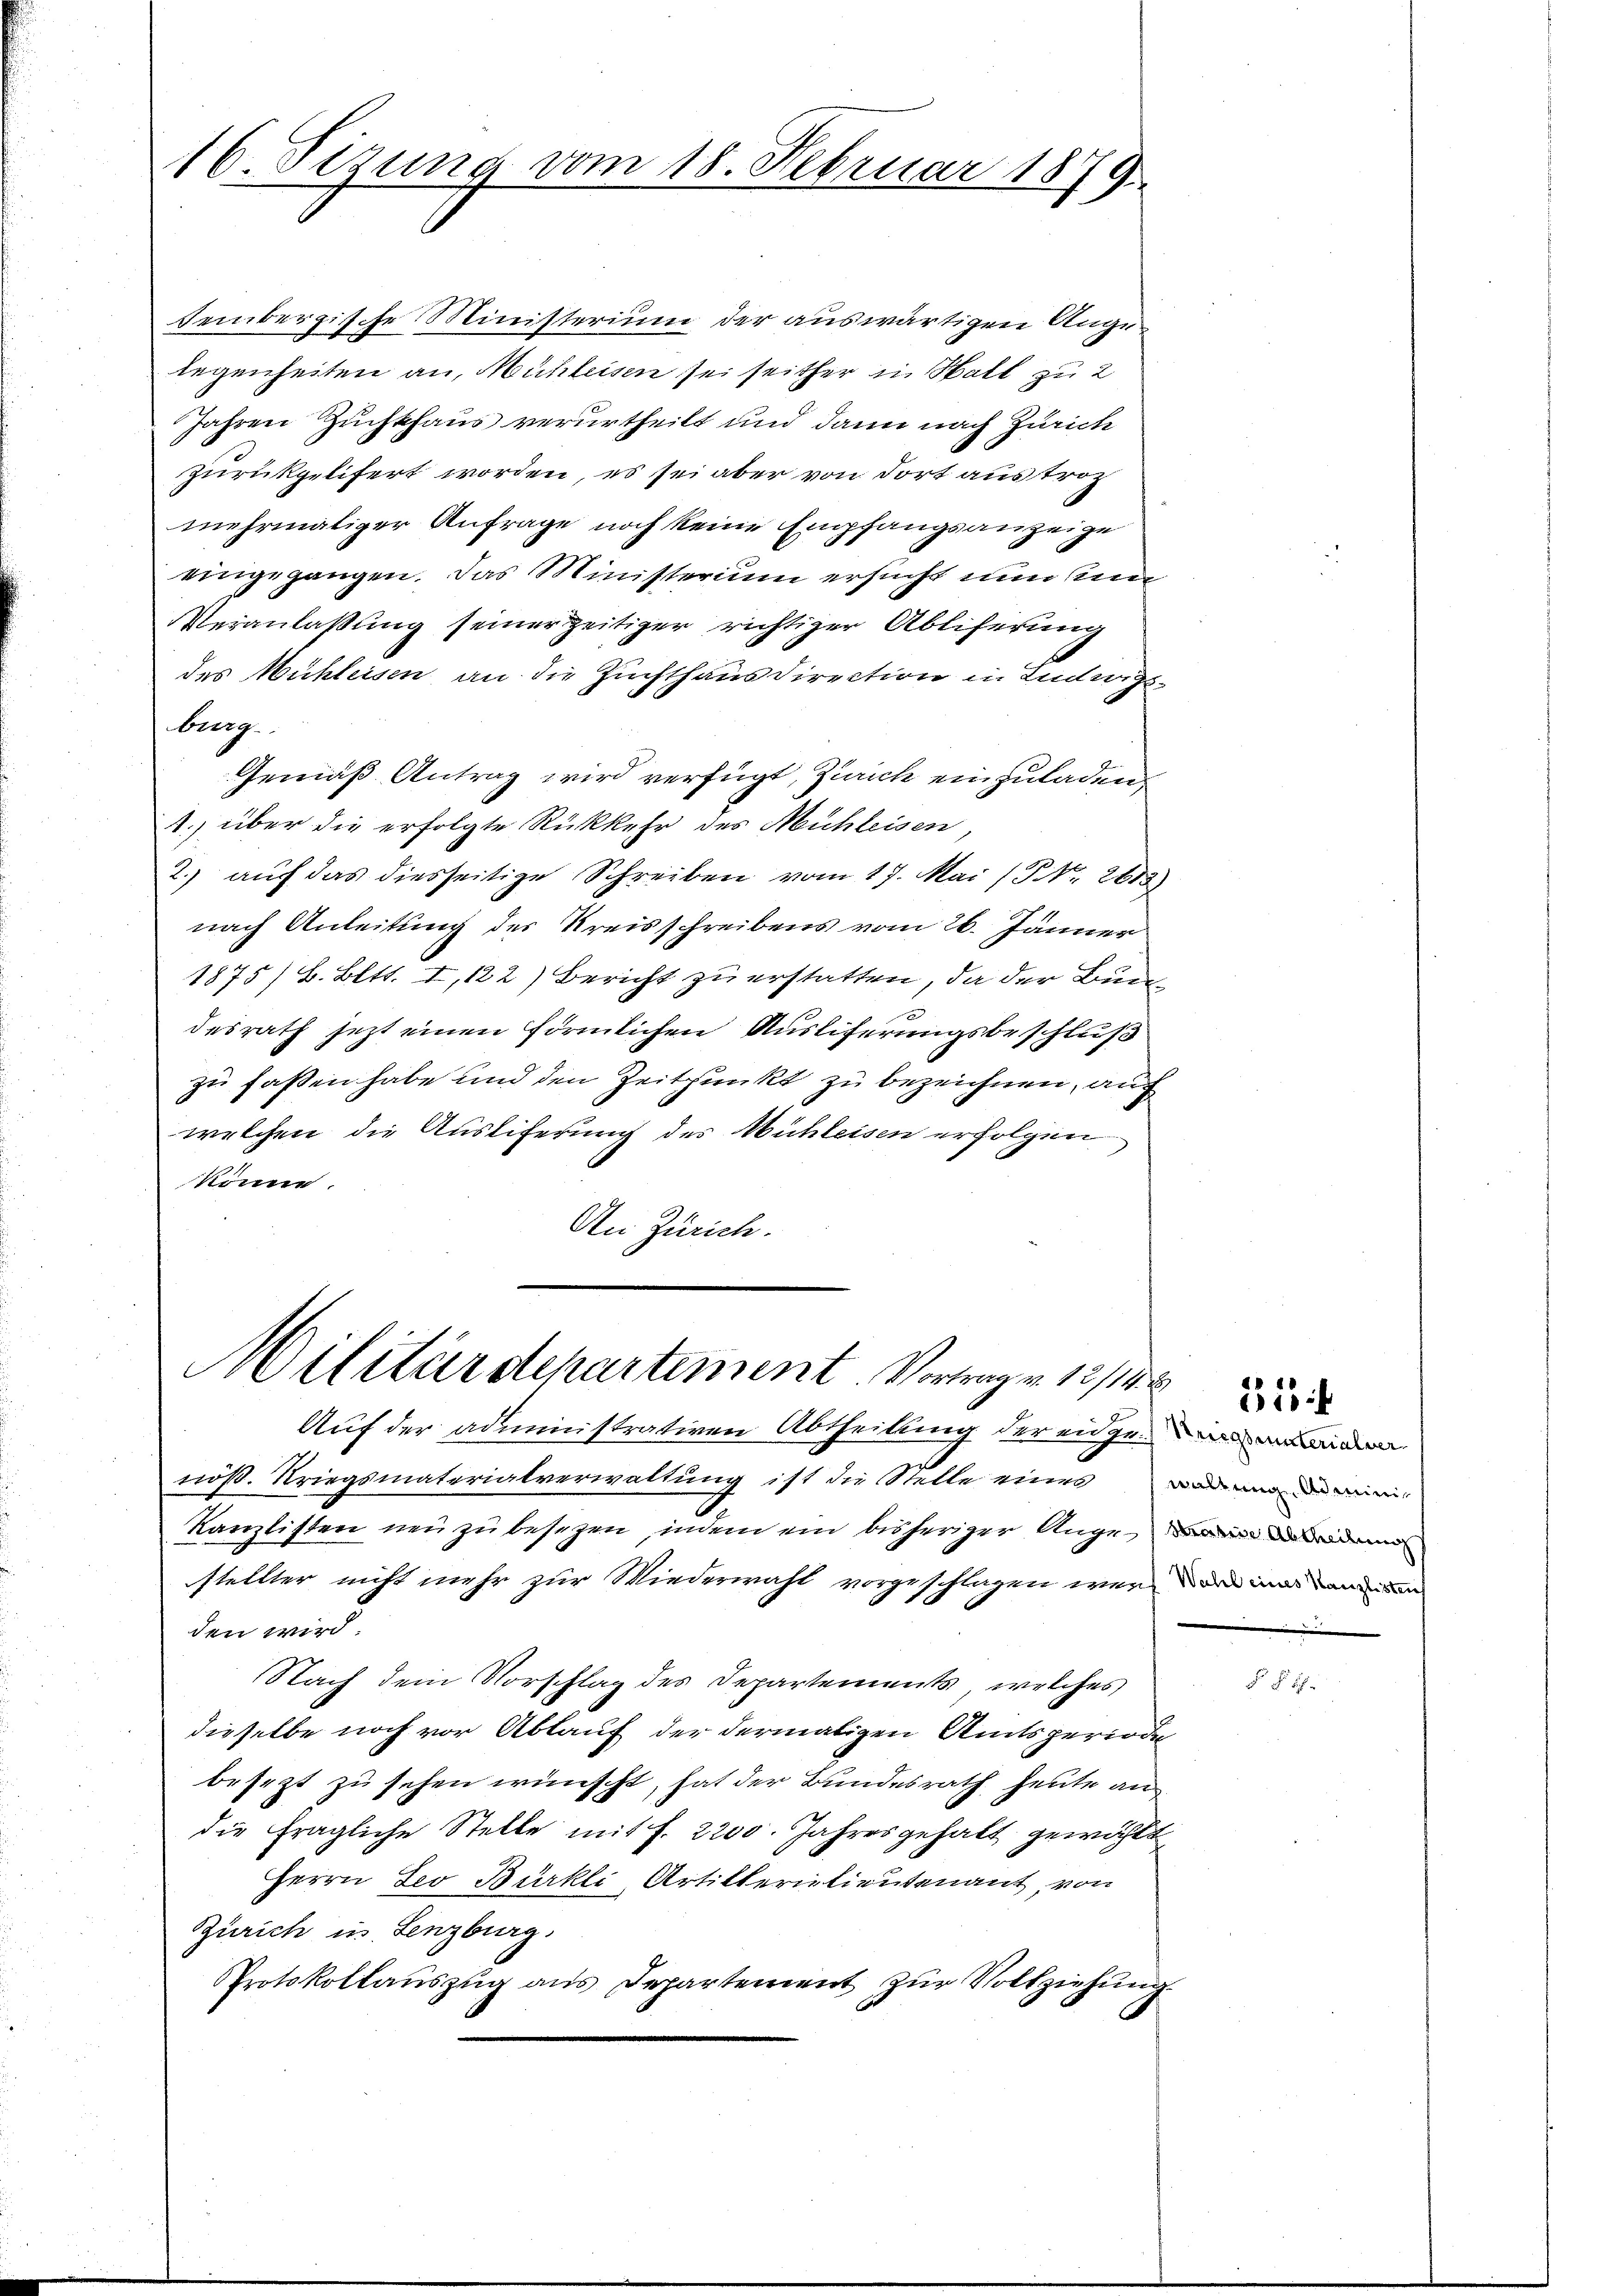
16 Sizung vom 18. Februar 1879

senbergische Ministerium der auswärtigen Angelegenheiten an, Mühleisen sei seither in Halt zu 2
Jahren Zuchthaus verurtheilt und dann nach Zürich
zurückgelifert worden, es sei aber von dort austroc
mehrmaliger Anfrage noch keine Empfangsanzeige
eingegangen. Das Ministerium ersucht nun ein
Veranlaßung seiner zeitiger richtiger Abliferung
des Mühleisen an die Zuchthaus direction in Ludwigsburg.
Gemäß Antrag wird verfügt, Zürich einzuladen,
.) über die erfolgte Rückkehr des Michleisen,
2.) auch das diesseitige Schreiben vom 17. Mai (S. 2613)
nach Anleitung des Kreisschreibens vom 26. Jänner
1875/ B. Bett. I, 122) Bericht zu erstatten, da der Bundesrath jetzt einen förmlichen Ausliferungsbeschluß
zu fassen habe und den Zeitpunkt zu bezeichnen, auf
welchen die Ausliferung des Mühleisen erfolgen
könne.
An Zürich.

Militärdepartement. Vortrage 1848

Auf der administrativen Abtheilung der eidgen
nöß. Kriegsmaterialverwaltung ist die Stelle eines Badenadmini¬
G
Kanzlisten neu zu besezen, indem ein bisheriger Auge de
stellter nicht mehr zur Wiederwahl vorgeschlagen werden mir anden
den wird
Nach dem Vorschlag des Departements, welches
dieselbe noch vor Ablauf der dermaligen Amtsperiode
besezt zu sehen wünscht, hat der Bundesrath heute an
die fragliche Stelle mit f. 2200. Jahresgehalt gewählt
Herrn Leo Bürkli, Artikterielieutenant, von
Zürich in Lenzburg.
Protokollauszug aus Departement zur Vollziehung.

21